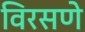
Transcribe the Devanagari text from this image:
विरसणे